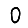
Digit: 0